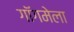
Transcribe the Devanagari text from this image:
गॉगमेला